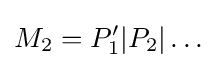
M_{2}=P_{1}'|P_{2}|\dots